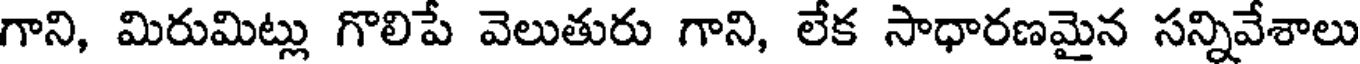
గాని, మిరుమిట్లు గొలిపే వెలుతురు గాని, లేక సాధారణమైన సన్నివేశాలు